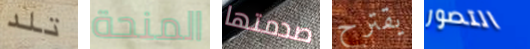
تلد المنحة صدمتها يقترح التصور